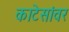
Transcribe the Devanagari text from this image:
काटेसांवर